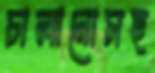
চালানোসহ